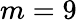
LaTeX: m=9